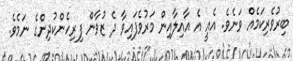
ބިރުވެރިކަމެއް ވަނެވެ. އެއީ އެ އާއިލާއިން މަރުވެފައިވާ ދެ ޒުވާން ފިރިހެންކުދިންގެ ނަމެވެ.